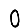
Digit: 0